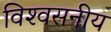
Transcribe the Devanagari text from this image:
विश्‍वसनीय